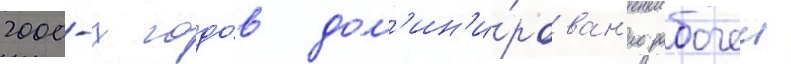
2000-х годо́в дом'ин'и́рован'ие рабочеи